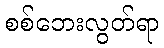
စစ်ဘေးလွတ်ရာ